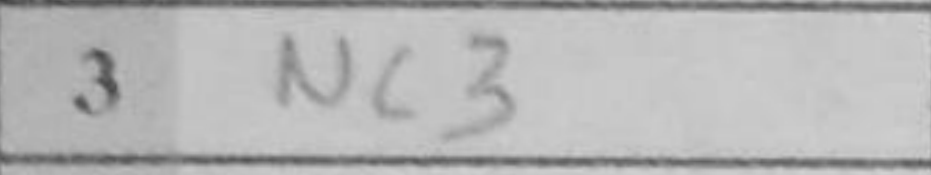
Transcription: Nc3